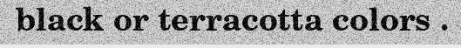
black or terracotta colors .